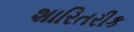
શારિતરીક